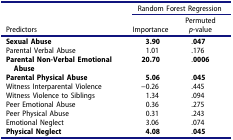
<table><thead><tr><td rowspan="2"><b>Predictors</b></td><td colspan="2"><b>Random Forest Regression</b></td></tr><tr><td><b>Importance</b></td><td><b>Permuted <i>p</i>-value</b></td></tr></thead><tbody><tr><td><b>Sexual Abuse</b></td><td><b>3.90</b></td><td>.<b>047</b></td></tr><tr><td>Parental Verbal Abuse</td><td>1.01</td><td>.176</td></tr><tr><td><b>Parental Non-Verbal Emotional Abuse</b></td><td><b>20.70</b></td><td>.<b>0006</b></td></tr><tr><td><b>Parental Physical Abuse</b></td><td><b>5.06</b></td><td>.<b>045</b></td></tr><tr><td>Witness Interparental Violence</td><td>−0.26</td><td>.445</td></tr><tr><td>Witness Violence to Siblings</td><td>1.34</td><td>.094</td></tr><tr><td>Peer Emotional Abuse</td><td>0.36</td><td>.275</td></tr><tr><td>Peer Physical Abuse</td><td>0.31</td><td>.243</td></tr><tr><td>Emotional Neglect</td><td>3.06</td><td>.074</td></tr><tr><td><b>Physical Neglect</b></td><td><b>4.08</b></td><td>.<b>045</b></td></tr></tbody></table>